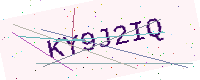
Text: KY9J2IQ